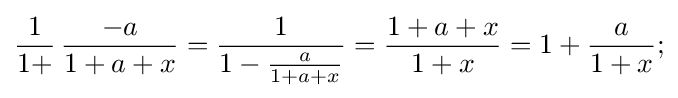
{\frac {1}{1+}}\,{\frac {-a}{1+a+x}}={\frac {1}{1-{\frac {a}{1+a+x}}}}={\frac {1+a+x}{1+x}}=1+{\frac {a}{1+x}};